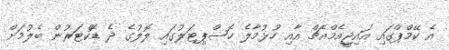
އެ ކޭމްޕްގައި އައިޖީއެމްއެޗް އާއި ހުޅުމާލެ ހޮސްޕިޓަލުގައި ލޮލުގެ ދެ ޑޮކްޓަރުން ބެލުމަށް